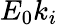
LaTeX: E_{0}k_{i}